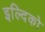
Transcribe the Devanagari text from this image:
इल्दिको